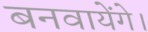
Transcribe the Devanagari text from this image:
बनवायेंगे।